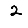
Digit: 2